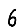
Digit: 6